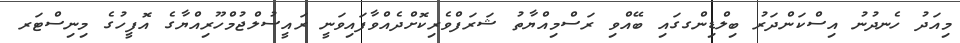
މިއަދު ހެނދުނު އިސްކަންދަރު ބިލްޑިންގގައި ބޭއްވި ރަސްމިއްޔާތު ޝަރަފްވެރިކޮށްދެއްވާފައިވަނީ ރައީސުލްޖުމްހޫރިއްޔާގެ އޮފީހުގެ މިނިސްޓަރ